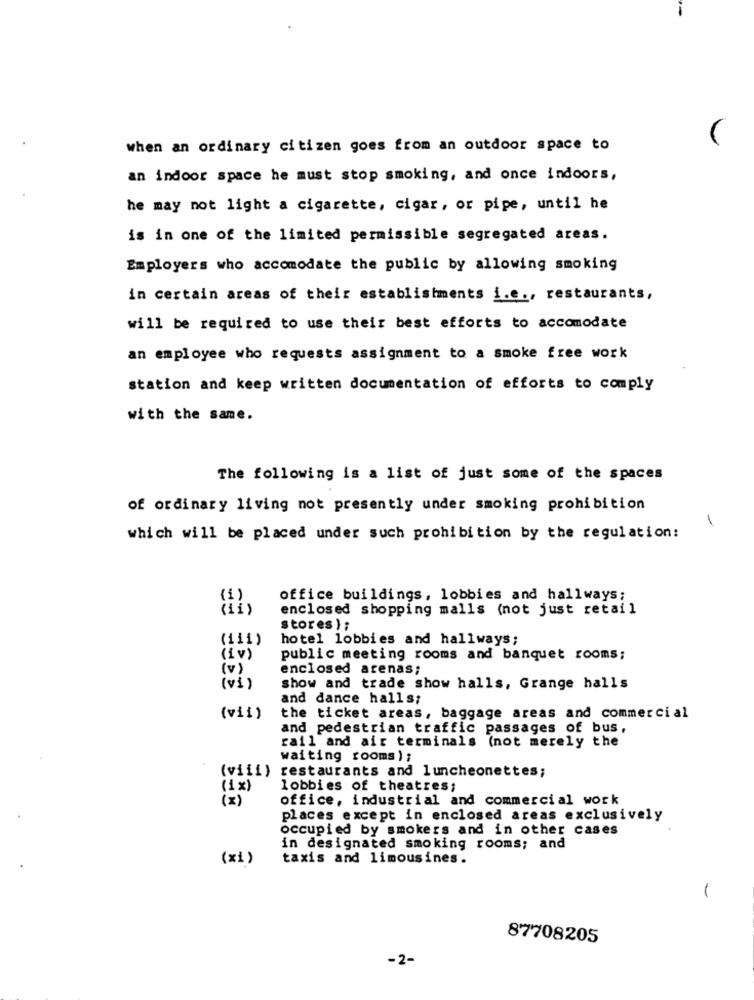
when an ordinary citizen goes from an outdoor space to
an indoor space he must stop smoking, and once indoors,
he may not light a cigarette, cigar, or pipe, until he
is in one of the limited permissible segregated areas.
Employers who accomodate the public by allowing smoking
in certain areas of their establishments i.e ., restaurants,
will be required to use their best efforts to accomodate
an employee who requests assignment to a smoke free work
station and keep written documentation of efforts to comply
with the same.
The following is a list of just some of the spaces
of ordinary living not presently under smoking prohibition
1
which will be placed under such prohibition by the regulation:
EC
office buildings, lobbies and hallways;
enclosed shopping malls (not just retail
stores } ;
(111)
hotel lobbies and hallways;
(iv)
public meeting rooms and banquet rooms;
(v)
enclosed arenas;
(vi)
show and trade show halls, Grange halls
and dance halls;
(vii)
the ticket areas, baggage areas and commercial
and pedestrian traffic passages of bus,
rail and air terminals (not merely the
waiting rooms) ;
restaurants and luncheonettes;
(viii)
(1x)
lobbies of theatres;
( * )
office, industrial and commercial work
places except in enclosed areas exclusively
occupied by smokers and in other cases
in designated smoking rooms; and
(xi)
taxis and limousines.
-
87708205
-2-